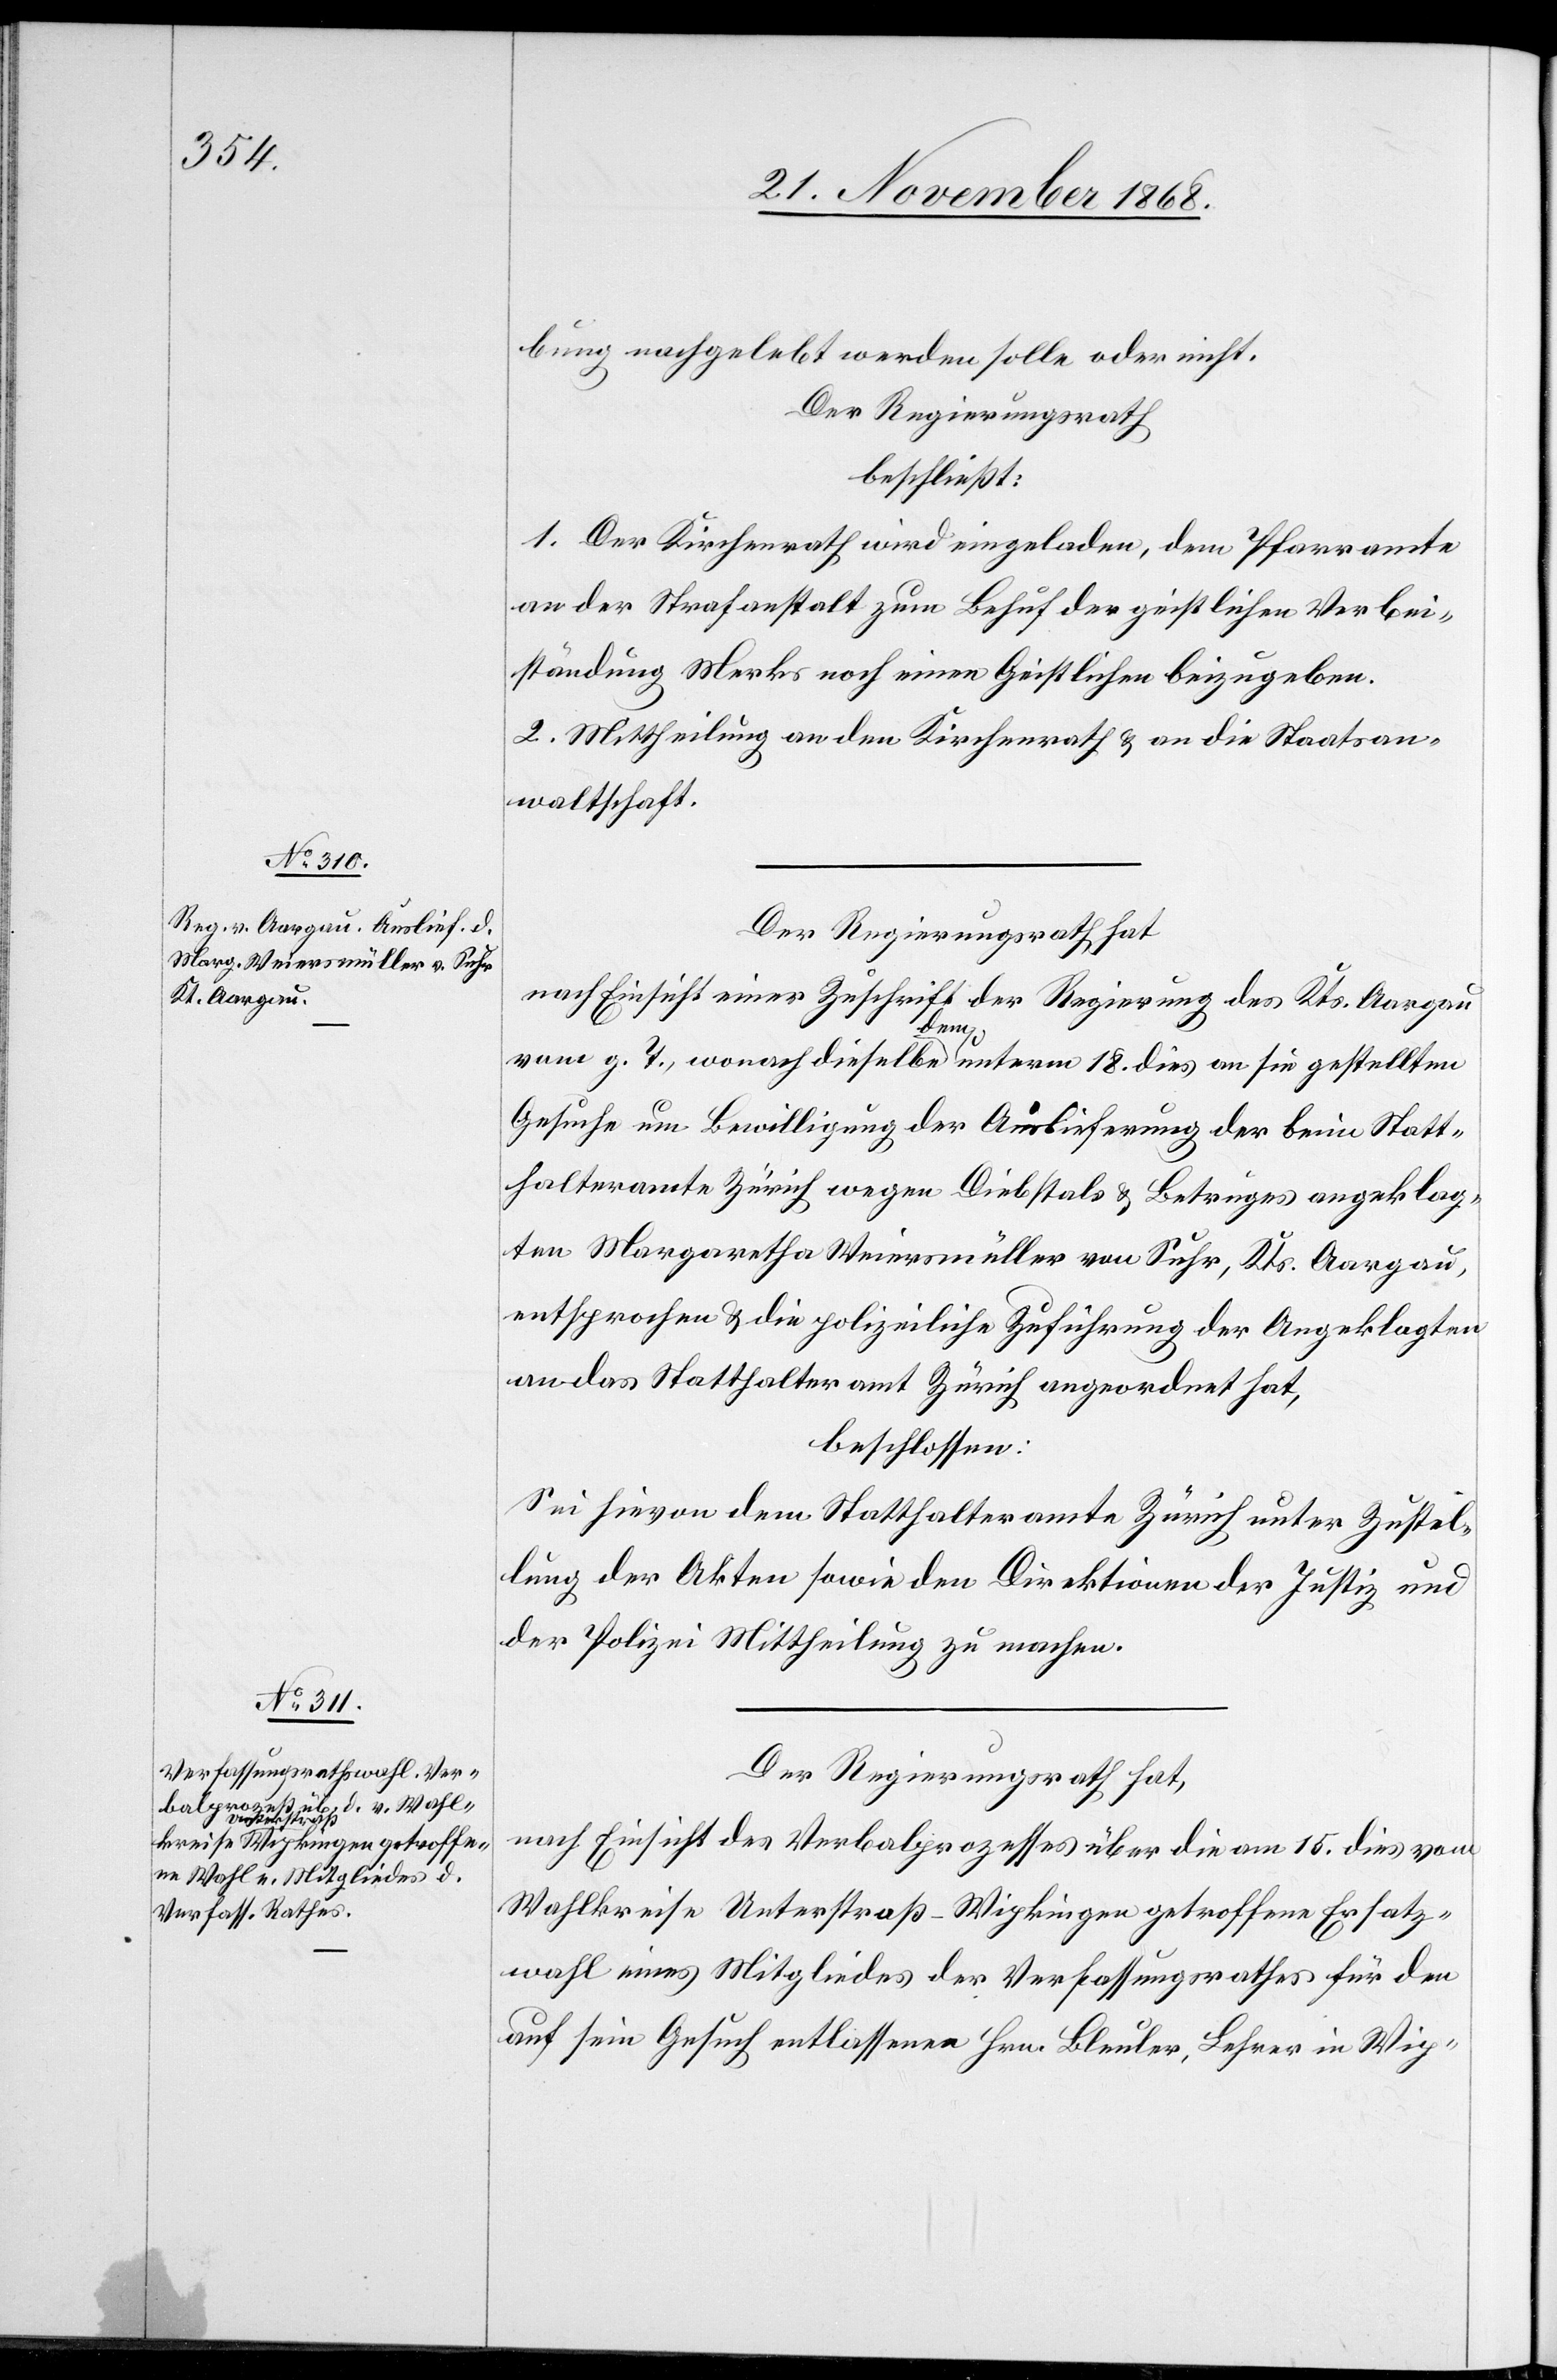
bung nachgelebt werden solle oder nicht.
Der Regierungsrath
beschließt:
1. Der Kirchenrath wird eingeladen, dem Pfarramte
an der Strafanstalt zum Behuf der geistlichen Verbei¬
ständung Merks noch einen Geistlichen beizugeben.
2. Mittheilung an den Kirchenrath & an die Staatsan¬
waltschaft.
Der Regierungsrath hat
nach Einsicht einer Zuschrift der Regierung des Kts. Aargau
vom g. T., wonach dieselbe dem unterm 18. dies an sie gestellten
Gesuche um Bewilligung der Auslieferung der beim Statt¬
halteramte Zürich wegen Diebstals & Betruges angeklag¬
ten Margaretha Weiersmüller von Suhr, Kts. Aargau,
entsprochen & die polizeiliche Zuführung der Angeklagten
an das Statthalteramt Zürich angeordnet hat,
beschlossen:
Sei hievon dem Statthalteramte Zürich unter Zustel¬
lung der Akten sowie den Direktionen der Justiz und
der Polizei Mittheilung zu machen.
Der Regierungsrath hat,
nach Einsicht des Verbalprozesses über die am 15. dies vom
Wahlkreise Unterstraß-Wipkingen getroffene Ersatz¬
wahl eines Mitgliedes der [sic!] Verfassungsrathes für den
auf sein Gesuch entlassenen Hrn. Bleuler, Lehrer in Wip-